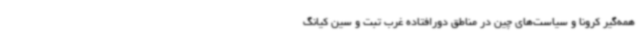
همه‌گیر کرونا و سیاست‌های چین در مناطق دورافتاده غرب تبت و سین کیانگ